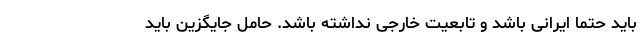
باید حتما ایرانی باشد و تابعیت خارجی نداشته باشد. حامل جایگزین باید